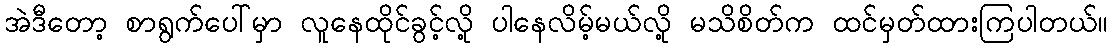
အဲဒီတော့ စာရွက်ပေါ်မှာ လူနေထိုင်ခွင့်လို့ ပါနေလိမ့်မယ်လို့ မသိစိတ်က ထင်မှတ်ထားကြပါတယ်။